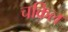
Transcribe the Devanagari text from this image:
चक्रिल